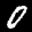
Label: 0